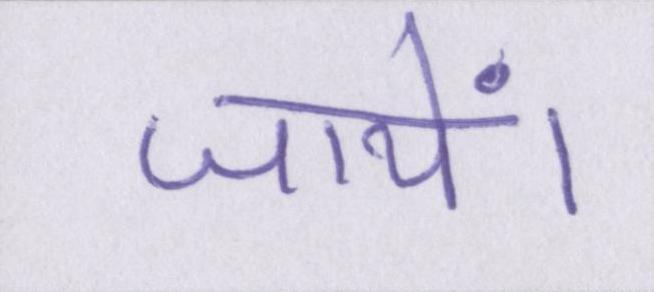
जायें।